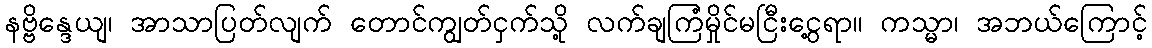
နဗ္ဗိန္ဒေယျ၊ အာသာပြတ်လျက် တောင်ကျွတ်ငှက်သို့ လက်ချကြံမှိုင်မငြီးငွေ့ရာ။ ကသ္မာ၊ အဘယ်ကြောင့်